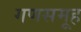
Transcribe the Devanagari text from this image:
गणसमूह